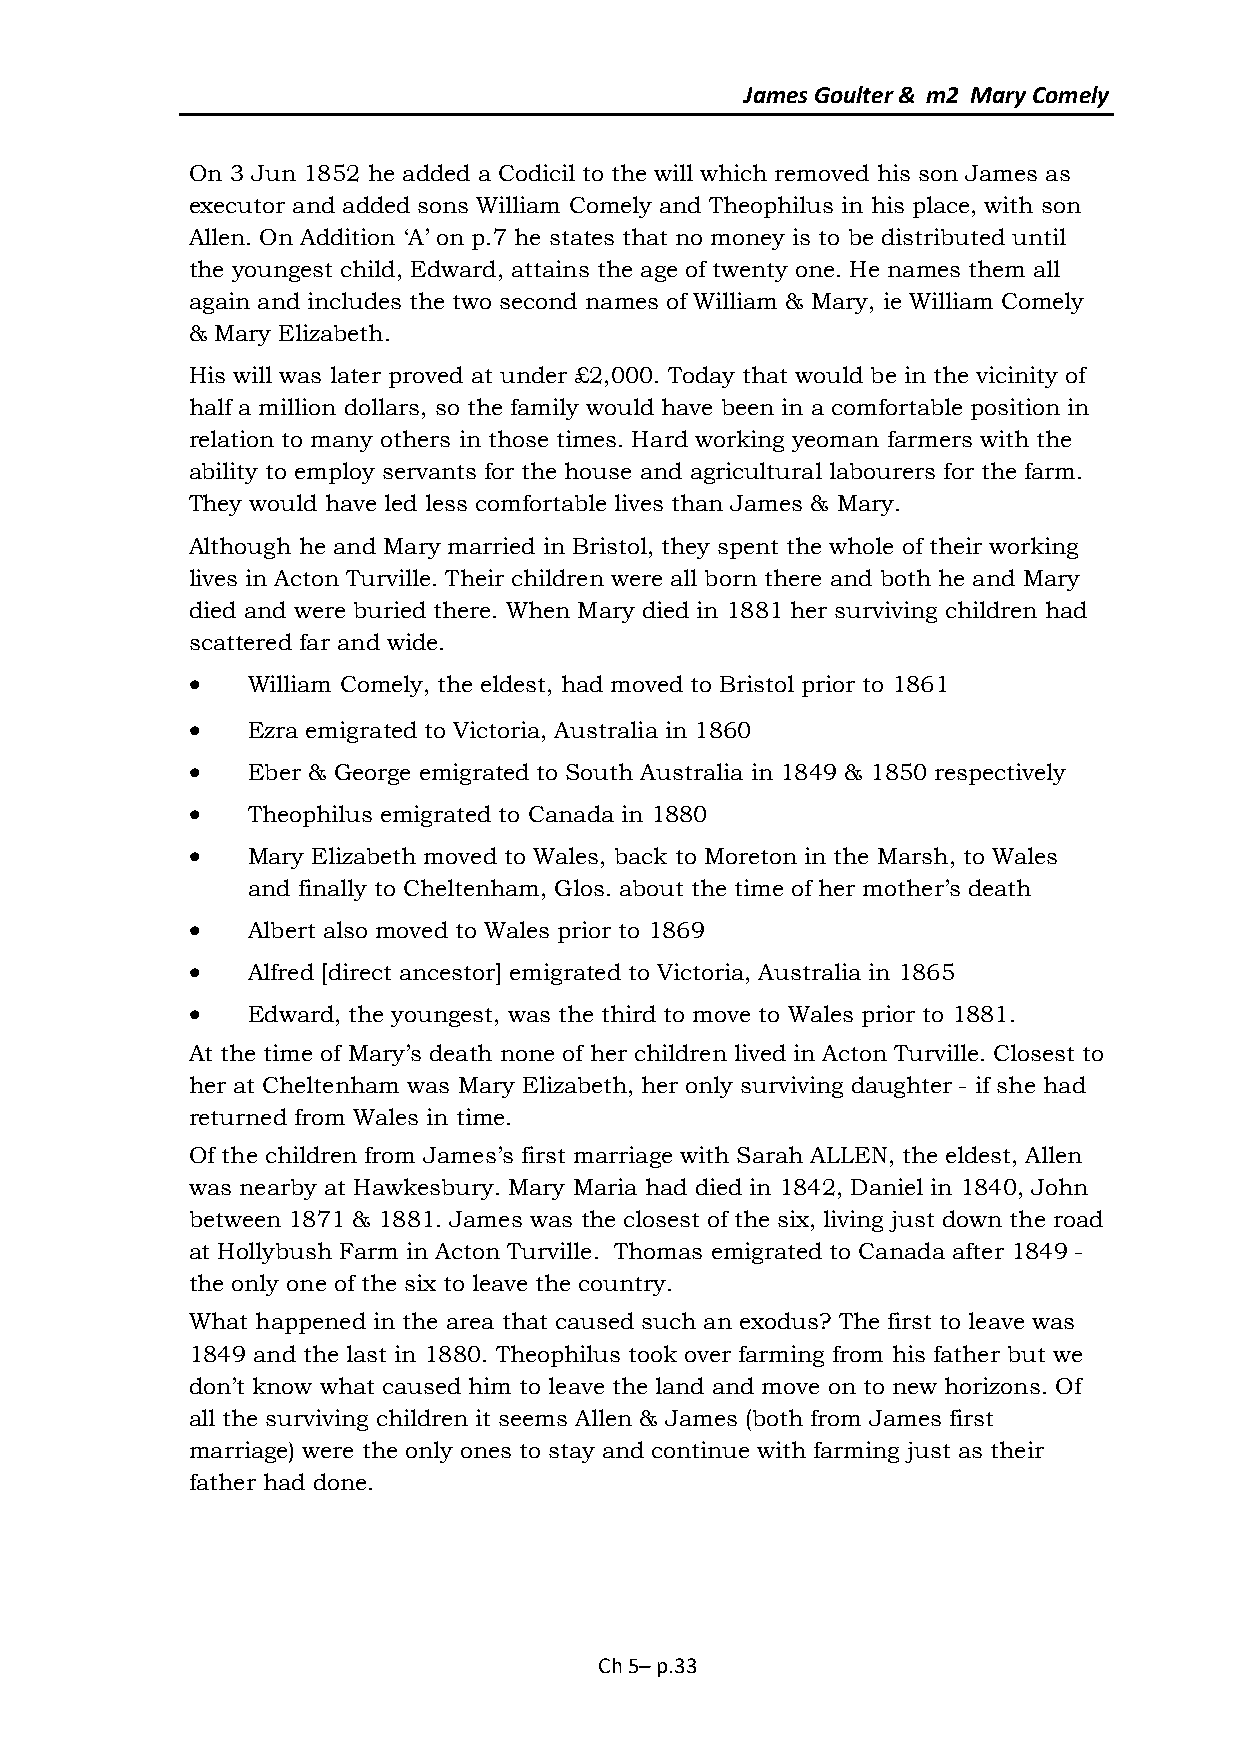
James Goulter & m2 Mary Comely
 On 3 Jun 1852 he added a Codicil to the will which removed his son James as
 executor and added sons William Comely and Theophilus in his place, with son
 Allen. On Addition ‘A’ on p.7 he states that no money is to be distributed until
 the youngest child, Edward, attains the age of twenty one. He names them all
 again and includes the two second names of William & Mary, ie William Comely
 & Mary Elizabeth.
 His will was later proved at under £2,000. Today that would be in the vicinity of
 half a million dollars, so the family would have been in a comfortable position in
 relation to many others in those times. Hard working yeoman farmers with the
 ability to employ servants for the house and agricultural labourers for the farm.
 They would have led less comfortable lives than James & Mary.
 Although he and Mary married in Bristol, they spent the whole of their working
 lives in Acton Turville. Their children were all born there and both he and Mary
 died and were buried there. When Mary died in 1881 her surviving children had
 scattered far and wide.
    William Comely, the eldest, had moved to Bristol prior to 1861
    Ezra emigrated to Victoria, Australia in 1860
    Eber & George emigrated to South Australia in 1849 & 1850 respectively
    Theophilus emigrated to Canada in 1880
    Mary Elizabeth moved to Wales, back to Moreton in the Marsh, to Wales
 and finally to Cheltenham, Glos. about the time of her mother’s death
    Albert also moved to Wales prior to 1869
    Alfred [direct ancestor] emigrated to Victoria, Australia in 1865
    Edward, the youngest, was the third to move to Wales prior to 1881.
 At the time of Mary’s death none of her children lived in Acton Turville. Closest to
 her at Cheltenham was Mary Elizabeth, her only surviving daughter - if she had
 returned from Wales in time.
 Of the children from James’s first marriage with Sarah ALLEN, the eldest, Allen
 was nearby at Hawkesbury. Mary Maria had died in 1842, Daniel in 1840, John
 between 1871 & 1881. James was the closest of the six, living just down the road
 at Hollybush Farm in Acton Turville. Thomas emigrated to Canada after 1849 -
 the only one of the six to leave the country.
 What happened in the area that caused such an exodus? The first to leave was
 1849 and the last in 1880. Theophilus took over farming from his father but we
 don’t know what caused him to leave the land and move on to new horizons. Of
 all the surviving children it seems Allen & James (both from James first
 marriage) were the only ones to stay and continue with farming just as their
 father had done.
 Ch 5– p.33